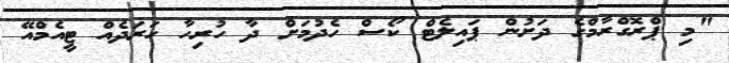
"މި ޕްރޮގްރާމްގެ ދަށުން ޕައިލެޓް ކޯސް ހެދުމަށް ދާ ހުރިހާ ހަރަދެއް ޓީއެމްއޭ